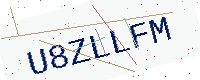
Text: U8ZLLFM